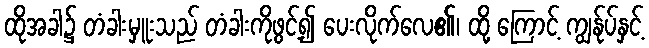
ထိုအခါ၌ တံခါးမှူးသည် တံခါးကိုဖွင့်၍ ပေးလိုက်လေ၏၊ ထို့ ကြောင့် ကျွန်ုပ်နှင့်